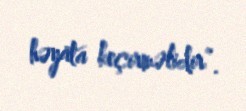
həyata keçirməlidir”.